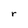
Character: r